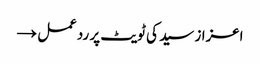
اعزاز سید کی ٹویٹ پر ردعمل →